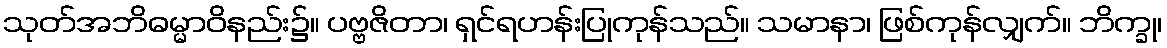
သုတ်အဘိဓမ္မာဝိနည်း၌။ ပဗ္ဗဇိတာ၊ ရှင်ရဟန်းပြုကုန်သည်။ သမာနာ၊ ဖြစ်ကုန်လျှက်။ ဘိက္ခု၊